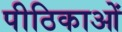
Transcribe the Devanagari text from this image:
पीठिकाओं